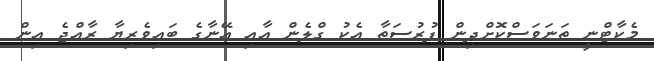
މެކާޓްނީ ތަނަވަސްކޮށްދިން ފުރުސަތާ އެކު ގްލެން އާއި އޭނާގެ ބައިވެރިޔާ ރާއްޖެ އިން